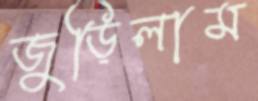
জুড়িলাম